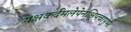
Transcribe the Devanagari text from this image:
यक्षकर्दमलेपेनक्षिप्त्वापुष्पैः